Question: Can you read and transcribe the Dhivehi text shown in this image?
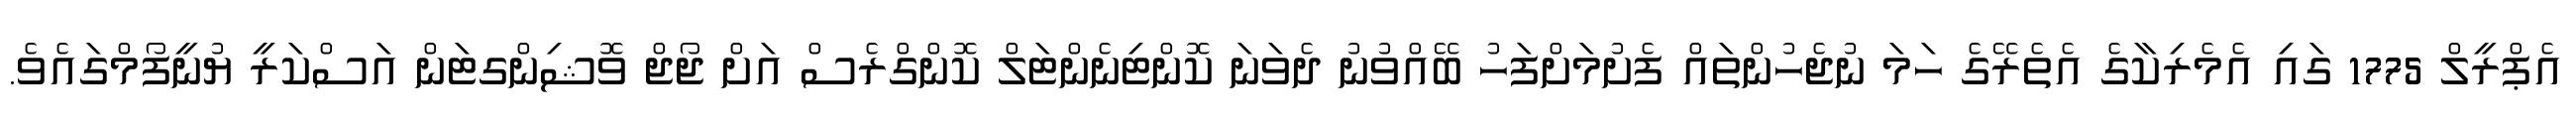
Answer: އެޕްރީލް 1775 ގައި އެމެރިކާގެ އެތެރޭގެ ހަމަ ނުޖެހުންތައް ފެށުމަށްފަހު ބޭއްވުނު ދެވަނަ ކޮންޓިނެންޓަލް ކޮންގްރެސް އަށް ޖޯޖް ވޮޝިންގޓަން އަސްކަރީ ޔުނީފޯމްގައެވެ.